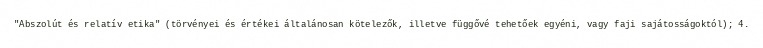
"Abszolút és relatív etika" (törvényei és értékei általánosan kötelezők, illetve függővé tehetőek egyéni, vagy faji sajátosságoktól); 4.